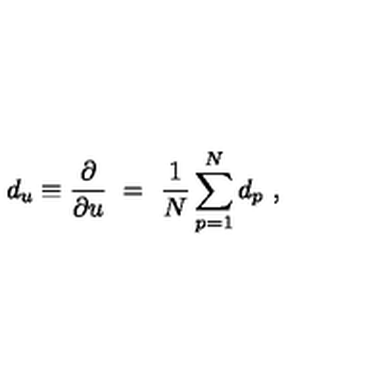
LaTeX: d _ { u } \equiv \frac { \partial } { \partial u } \ = \ \frac { 1 } { N } \sum _ { p = 1 } ^ { N } d _ { p } \ ,